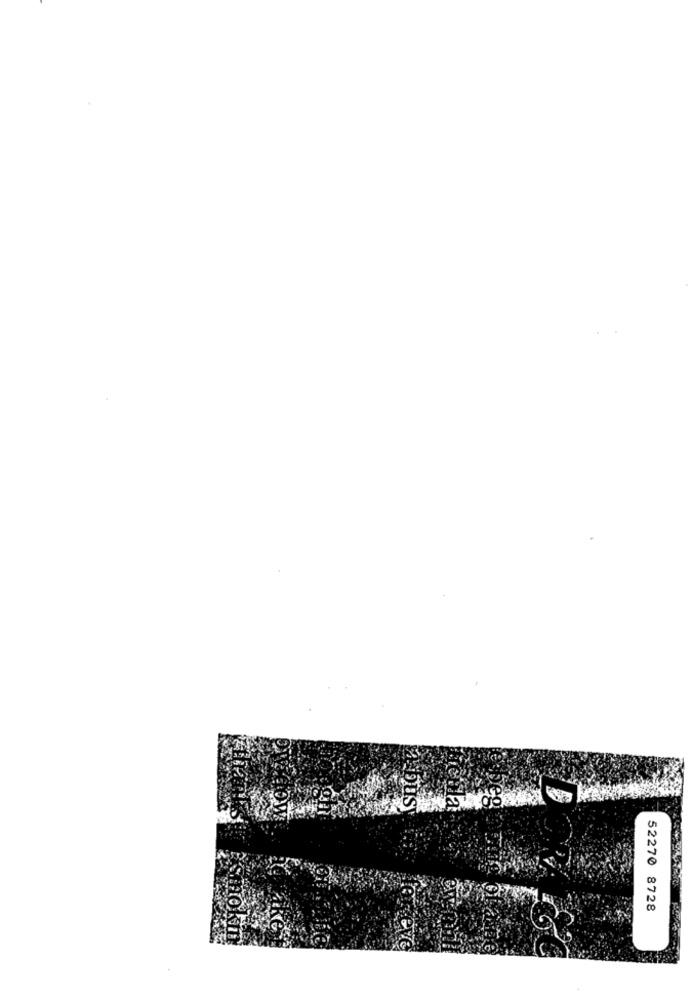
IST
52270 8728